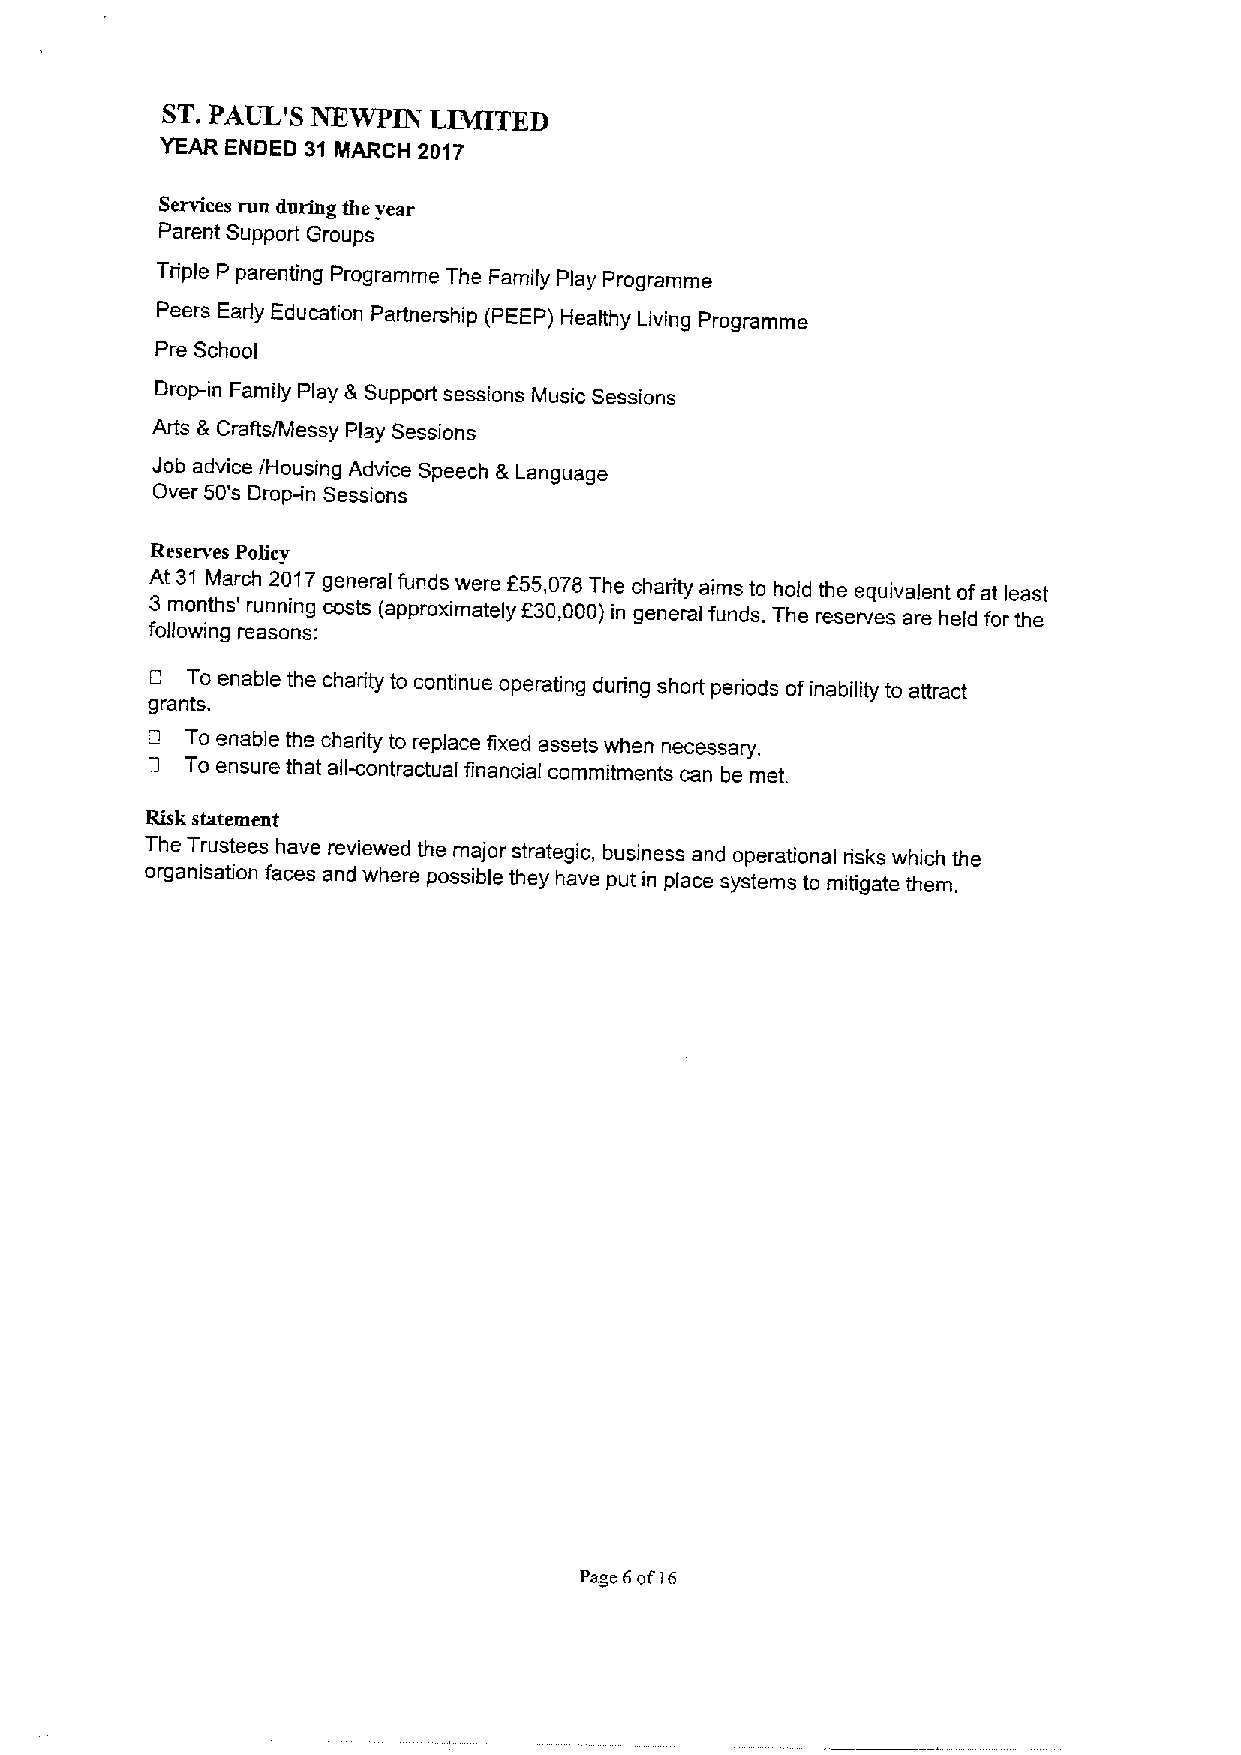
ST.PAUL'S
 1VEWPIN LIMITED
 YEAR ENDED 31 MARCH 2017
 Services ran during the year
 Parent Support Groups
 Triple P parenting Programme The Family Play Programme
 Peers Early Education Partnership (PEEP) Healthy Living Programme
 Pre School
 Drop-in Family Play &Support sessions Music Sessions
 Arts &Crafts/Messy Play Sessions
 Job advice /Housing Advice Speech &Language
 Over 50's Drop-in Sessions
 Reserves Policy
 At 31 March 2017general funds were f55,078The charity aims to hold the equivalent ofat least
 3 months' running costs (approximately 530,000)in general funds. The reserves are held for the
 following reasons:
 O To enable the charity to continue operating during short periods ofinability to attract
 grants.
 To enable the charity to replace fixed assets when necessary.
 D To ensure that all-contractual financial commitments can be met.
 Risk statement
 The Trustees have reviewed the major strategic, business and operational risks which the
 organisation faces and where possible they have put in place systems to mitigate them.
 Page 6ofi6